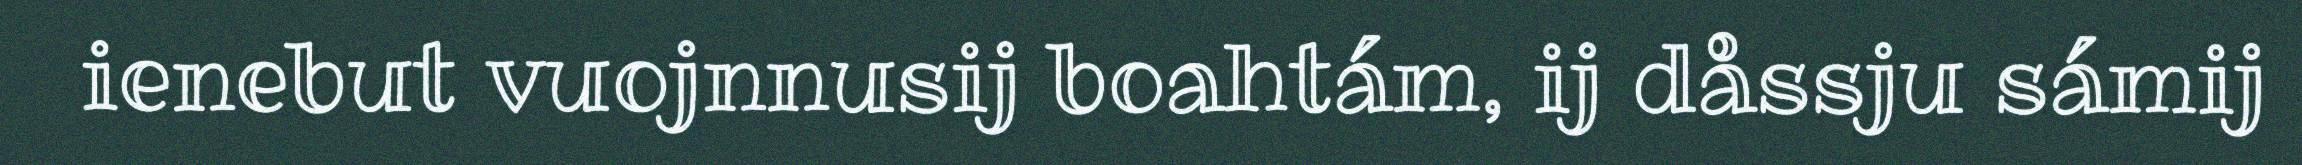
ienebut vuojnnusij boahtám, ij dåssju sámij